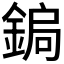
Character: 𮢑